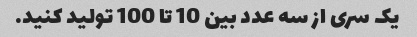
یک سری از سه عدد بین 10 تا 100 تولید کنید.